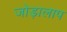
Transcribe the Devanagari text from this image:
जोड़ालाप